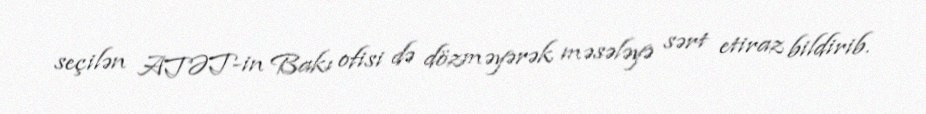
seçilən ATƏT-in Bakı ofisi də dözməyərək məsələyə sərt etiraz bildirib.